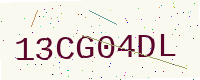
Text: 13CG04DL